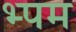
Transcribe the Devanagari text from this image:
भ्पम